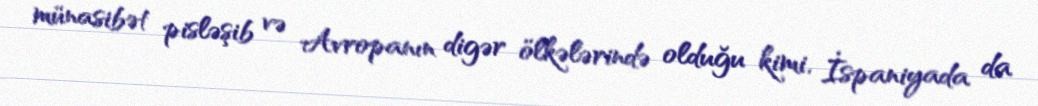
münasibət pisləşib və Avropanın digər ölkələrində olduğu kimi, İspaniyada da